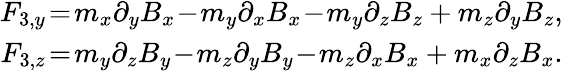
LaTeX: \begin{array}{r}{F_{3,y}\! =\! m_{x}\partial_{y}B_{x}\! -\! m_{y}\partial_{x}B_{x}\! -\! m_{y}\partial_{z}B_{z}+m_{z}\partial_{y}B_{z},}\\ {F_{3,z}\! =\! m_{y}\partial_{z}B_{y}\! -\! m_{z}\partial_{y}B_{y}\! -\! m_{z}\partial_{x}B_{x}+m_{x}\partial_{z}B_{x}.}\end{array}